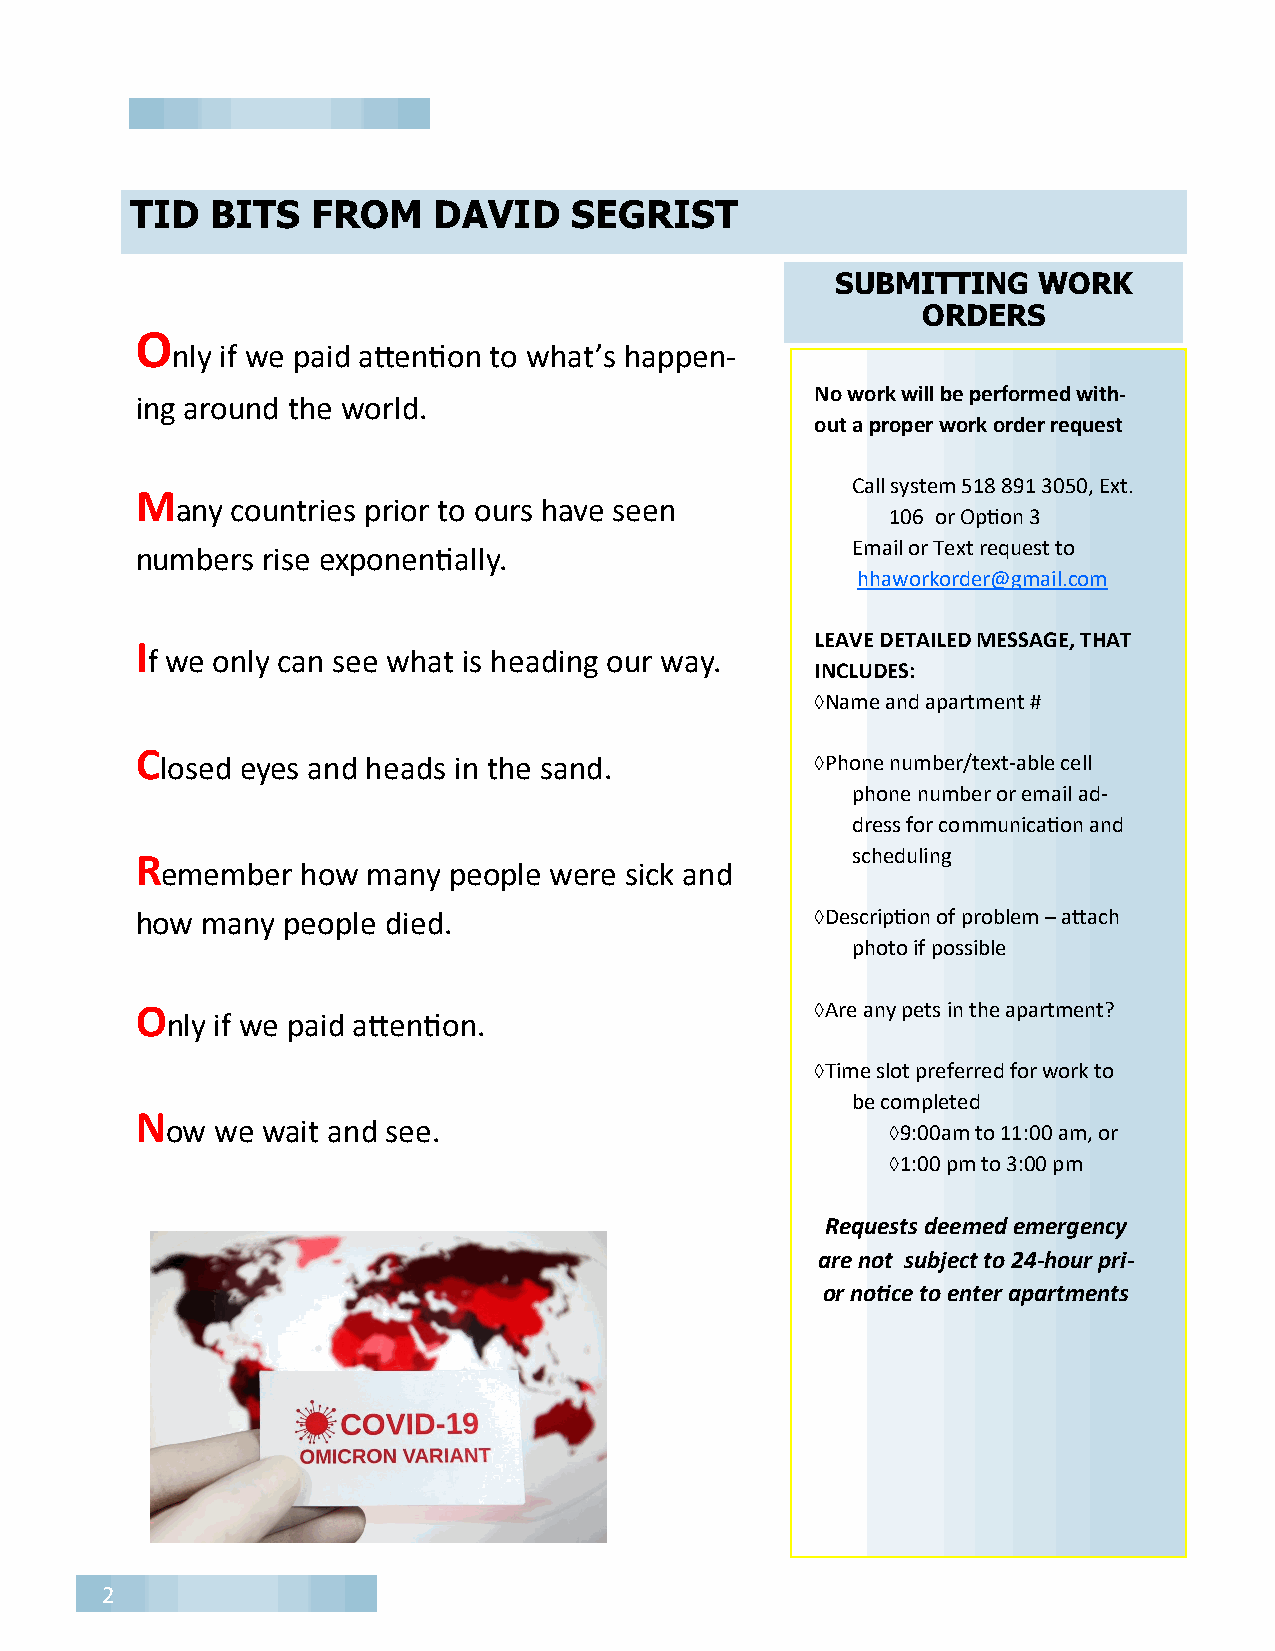
TID  BITS   FROM    DAVID    SEGRIST
 SUBMITTING    WORK
 ORDERS
 O
 nly if we paid attention to what’s happen-
 No work will be performed with-
 ing around the world.
 out a proper work order request
 Call system 518 891 3050, Ext.
 M
 any countries prior to ours have seen
 106 or Option 3
 Email or Text request to
 numbers rise exponentially.
 hhaworkorder@gmail.com
 LEAVE DETAILED MESSAGE, THAT
 I
 f we only can see what is heading our way.
 INCLUDES:
 Name and apartment #
 C
 losed eyes and heads in the sand.          Phone number/text-able cell
 phone number or email ad-
 dress for communication and
 R                                              scheduling
 emember  how many  people were sick and
 how many  people died.                       Description of problem – attach
 photo if possible
 O                                            Are any pets in the apartment?
 nly if we paid attention.
 Time slot preferred for work to
 be completed
 N
 ow we wait and see.                             9:00am to 11:00 am, or
 1:00 pm to 3:00 pm
 Requests deemed emergency
 are not subject to 24-hour pri-
 or notice to enter apartments
 2